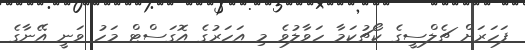
ފަހަރަށް ޗެލްސީގެ ކޯޗުކަމާ ހަވާލުވެ މި އަހަރުގެ އޮގަސްޓް މަހު ވަނީ އޭނާގެ